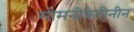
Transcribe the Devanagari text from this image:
सोमनीफेरीनीन